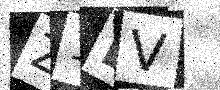
Text: Z1LV